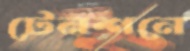
টেনশনে